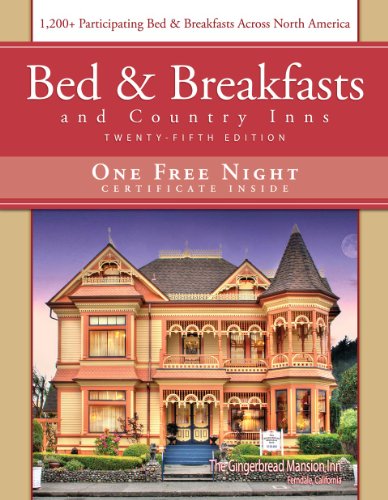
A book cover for Bed & Breakfast and Country Inns, 25th Edition (Bed and Breakfasts and Country Inns); Deborah Edwards Sakach; Travel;